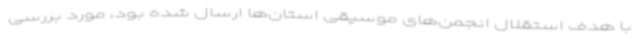
با هدف استقلال انجمن‌های موسیقی استان‌ها ارسال شده بود، مورد بررسی